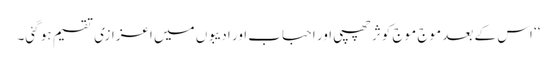
‘‘ اس کے بعد موج موج کوثر چھپی اور احباب اور ادیبوں میں اعزازی تقسیم ہو گئی۔